Vaccine operations Central Provinces 1900-1911 - 1900-1911
Year: 1900
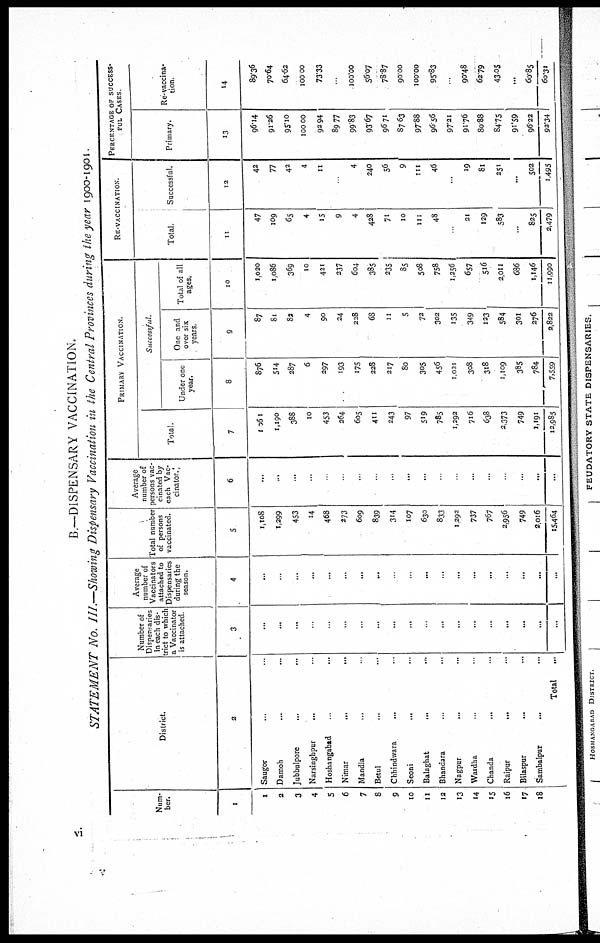
B.—DISPENSARY VACCINATION.
STATEMENT No. III.—Showing Dispensary Vaccination in the Central Provinces during the year 1900-1901.
Num-
ber.
1
1
2
3
4
5
6
7
8
9
10
11
13
13
14
15
16
17
18
District.
2
Saugor... ...
Damoh... ...
Jubbulpore...
...
Narsinghpur... ...
Hoshangabad... ...
Nimar...
...
Mandla... ...
Betul... ...
Chhindwara... ...
Seoni...
...
Balaghat...
...
Bhandara... ...
Nagpur... ...
Wardha... ...
Chanda...
...
Raipur...
...
Bilaspur... ...
Sambalpur... ...
Total...
Number of
Dispensaries
in each dis-
trict to which
a Vaccinator
is attached
3
...
...
...
..
...
...
...
...
...
...
..
...
...
...
...
...
...
...
...
Average
number of
Vaccinators
attached to
Dispensaries
during the
season.
4
...
...
...
...
...
...
...
...
...
...
...
...
...
...
...
...
...
...
Total number
of persons
vaccinated.
5
1,108
1,299
453
14
468
273
609
839
314
107
630
833
1,292
737
767
2,956
749
2,016
15,464
Average
number of
persons vac-
cinated by
each Vac-
cinator.
6
...
...
...
...
..
...
.
...
...
...
.
...
...
...
...
...
...
PRIMARY VACCINATION.
Successful.
Total.
7
l,061
1,190
388
10
453
264
605
411
243
97
519
785
1,292
716
638
2,373
749
1,191
12,985
Under one
year.
8
876
514
287
6
297
193
175
228
217
80
305
456
1,021
308
318
1,109
385
784
7,559
One and
over six
years.
9
87
81
82
4
90
24
228
68
11
5
72
302
135
349
123
584
301
276
2,822
Total of all
ages.
10
1,020
1,086
369
10
421
237
604
385
235
85
508
758
1,256
657
516
2,011
686
1,146
11,990
RE-VACCINATION.
Total.
11
47
109
65
4
15
9
4
428
71
10
111
48
21
129
583
...
825
2,479
Successful.
12
42
77
42
4
11
4
240
56
9
111
46
...
19
81
251
...
502
1,495
PERCENTAGE OF SUCCESS-
--- CASES.
Primary.
13
96.14
91.26
95.10
100.00
92.94
89.77
99.83
93.67
96.71
87.63
97.88
96.56
97.21
91.76
80.88
84.75
91.59
96.22
92.34
Re-vaccina-
tion.
14
89.36
70.64
64.62
100.00
73.33
...
100.00
56.07
78.87
90.00
100.00
95.83
..
90.48
62.79
43.05
...
60.85
60.31
vi